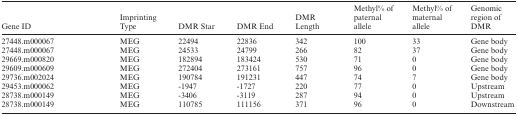
<table><thead><tr><td><b>Gene ID</b></td><td><b>Imprinting Type</b></td><td><b>DMR Star</b></td><td><b>DMR End</b></td><td><b>DMR Length</b></td><td><b>Methyl% of paternal allele</b></td><td><b>Methyl% of maternal allele</b></td><td><b>Genomic region of DMR</b></td></tr></thead><tbody><tr><td>27448.m000067</td><td>MEG</td><td>22494</td><td>22836</td><td>342</td><td>100</td><td>33</td><td>Gene body</td></tr><tr><td>27448.m000067</td><td>MEG</td><td>24533</td><td>24799</td><td>266</td><td>82</td><td>37</td><td>Gene body</td></tr><tr><td>29669.m000820</td><td>MEG</td><td>182894</td><td>183424</td><td>530</td><td>71</td><td>0</td><td>Gene body</td></tr><tr><td>29609.m000609</td><td>MEG</td><td>272404</td><td>273161</td><td>757</td><td>96</td><td>0</td><td>Gene body</td></tr><tr><td>29736.m002024</td><td>MEG</td><td>190784</td><td>191231</td><td>447</td><td>74</td><td>7</td><td>Gene body</td></tr><tr><td>29453.m000062</td><td>MEG</td><td>-1947</td><td>-1727</td><td>220</td><td>77</td><td>0</td><td>Upstream</td></tr><tr><td>28738.m000149</td><td>MEG</td><td>-3406</td><td>-3119</td><td>287</td><td>94</td><td>0</td><td>Upstream</td></tr><tr><td>28738.m000149</td><td>MEG</td><td>110785</td><td>111156</td><td>371</td><td>96</td><td>0</td><td>Downstream</td></tr></tbody></table>